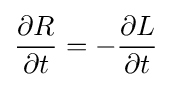
{\frac {\partial R}{\partial t}}=-{\frac {\partial L}{\partial t}}